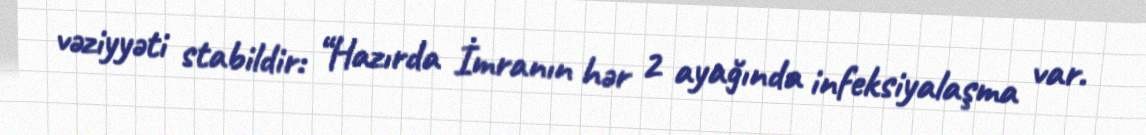
vəziyyəti stabildir: “Hazırda İmranın hər 2 ayağında infeksiyalaşma var.